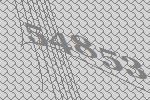
54853